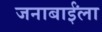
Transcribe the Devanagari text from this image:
जनाबाईंला